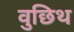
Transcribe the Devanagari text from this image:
वुछिथ